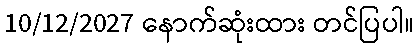
10/12/2027 နောက်ဆုံးထား တင်ပြပါ။